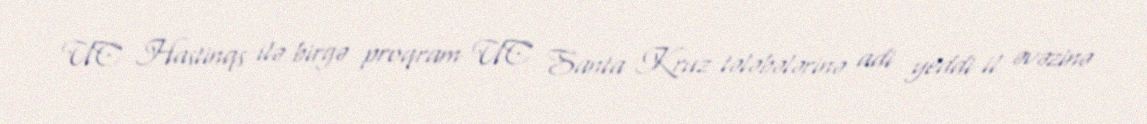
UC Hastinqs ilə birgə proqram UC Santa Kruz tələbələrinə adi yeddi il əvəzinə